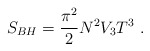
\begin{align*}S_{BH}= {\pi^2\over 2} N^2 V_3 T^3 \ .\end{align*}